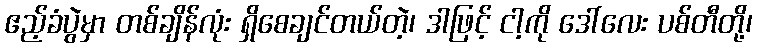
ဧည့်ခံပွဲမှာ တစ်ချိန်လုံး ရှိစေချင်တယ်တဲ့၊ ဒါဖြင့် ငါ့ကို ဒေါ်လေး ပစ်တီတို့၊